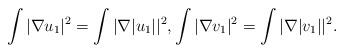
LaTeX: \begin{align*}\int |\nabla u_1|^2 =\int |\nabla |u_1||^2, \int |\nabla v_1|^2 =\int |\nabla |v_1||^2.\end{align*}